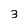
Character: 3